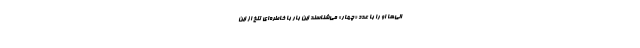
الی‌ها او را با عدد «چهار» می‌شناسند این بار با خاطره‌ای تلخ از این